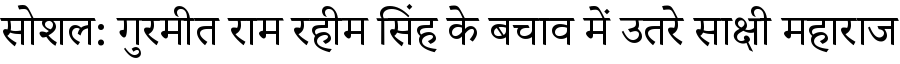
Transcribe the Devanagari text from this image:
सोशल: गुरमीत राम रहीम सिंह के बचाव में उतरे साक्षी महाराज